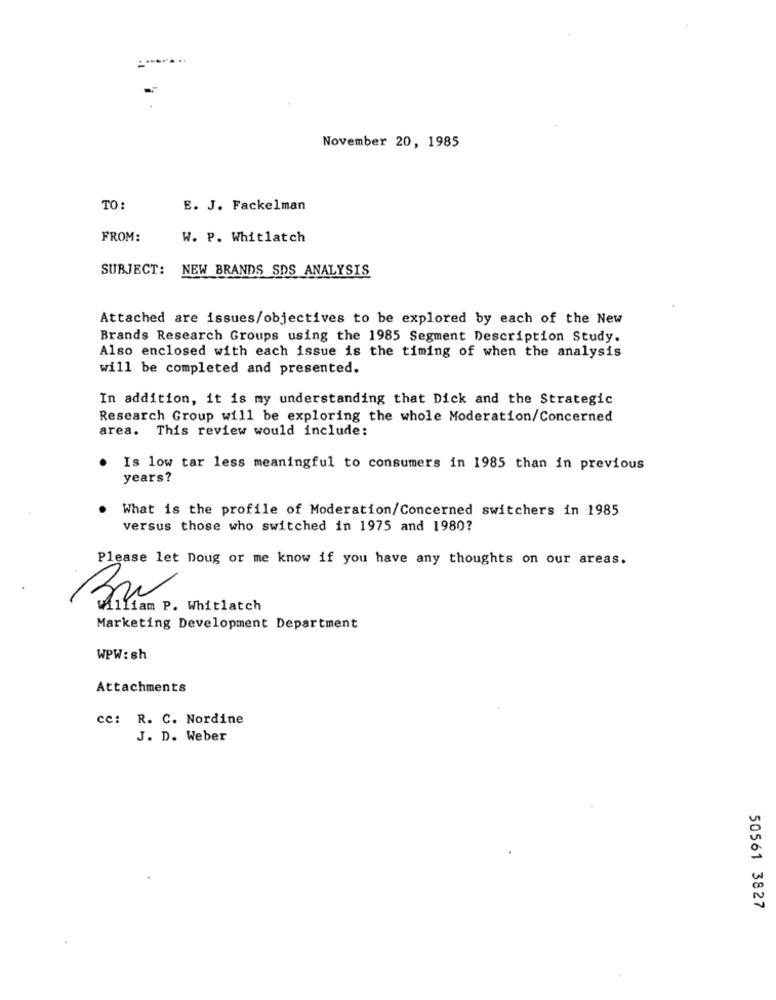
November 20, 1985
TO:
E. J. Fackelman
FROM:
W. P. Whitlatch
SUBJECT: NEW BRANDS SDS ANALYSIS
Attached are issues/objectives to be explored by each of the New
Brands Research Groups using the 1985 Segment Description Study.
Also enclosed with each issue is the timing of when the analysis
will be completed and presented.
In addition, it is my understanding that Dick and the Strategic
Research Group will be exploring the whole Moderation/Concerned
area. This review would include:
. Is low tar less meaningful to consumers in 1985 than in previous
years?
What is the profile of Moderation/Concerned switchers in 1985
.
versus those who switched in 1975 and 1980?
Please let Doug or me know if you have any thoughts on our areas.
30
William P. Whitlatch
Marketing Development Department
WPW: sh
Attachments
cc: R. C. Nordine
J. D. Weber
50561 3827